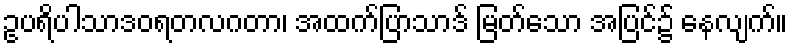
ဥပရိပါသာဒဝရတလဂတာ၊ အထက်ပြာသာဒ် မြတ်သော အပြင်၌ နေလျက်။